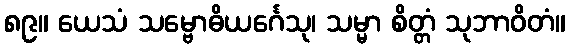
၈၉။ ယေသံ သမ္ဗောဓိယင်္ဂေသု၊ သမ္မာ စိတ္တံ သုဘာဝိတံ။